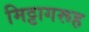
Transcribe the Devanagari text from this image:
मिट्टागरूह